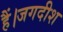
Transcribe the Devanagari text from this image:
हैं।जगदीश